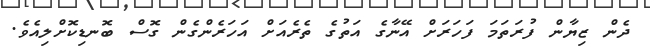
ދެން ޒިޔާން ފުރަތަމަ ފަހަރަށް އޭނާގެ އަތުގެ ތެރެއަށް އަހަރެންގެން ގޮސް ބޮނޑިކޮށްލިއެވެ.